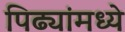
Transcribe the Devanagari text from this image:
पिढ्यांमध्ये